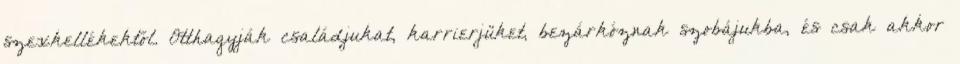
szexkellékektől. Otthagyják családjukat, karrierjüket, bezárkóznak szobájukba, és csak akkor